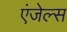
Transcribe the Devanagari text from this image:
एंजेल्‍स